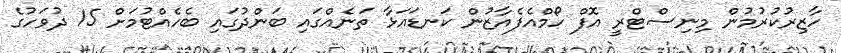
ހާޒިރުކުރުމުން މިނިސްޓްރީ އޮފް ހޯމްއެފެއާޒުން ކަނޑައަޅާ ތަނެއްގައި ބަންދުގައި ބެހެއްޓުމަށް 15 ދުވަހުގެ